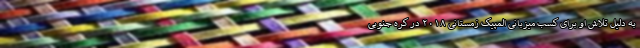
به دلیل تلاش او برای کسب میزبانی المپیک زمستانی ۲۰۱۸ در کره جنوبی